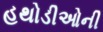
હથોડીઓની